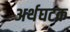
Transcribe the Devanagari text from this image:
अर्थघटक